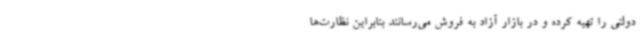
دولتی را تهیه کرده و در بازار آزاد به فروش می‌رسانند بنابراین نظارت‌ها